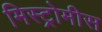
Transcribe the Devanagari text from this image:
मिस्ट्रोमीस